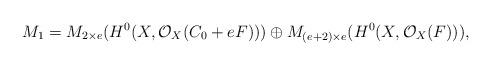
LaTeX: \begin{align*}M_1=M_{2\times e}(H^0(X,\mathcal O_X(C_0+eF)))\oplus M_{(e+2)\times e}(H^0(X,\mathcal O_X(F))),\end{align*}